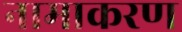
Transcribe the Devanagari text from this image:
नामाकरण्‍ा